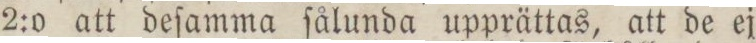
2:0 att deſamma ſålunda upprättas, att de ej